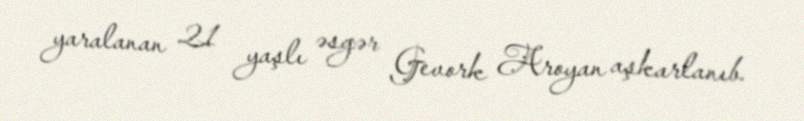
yaralanan 21 yaşlı əsgər Gevork Aroyan aşkarlanıb.